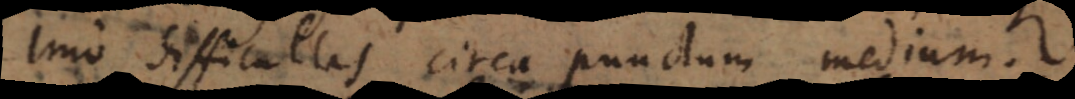
Imo difficultas circa punctum medium.